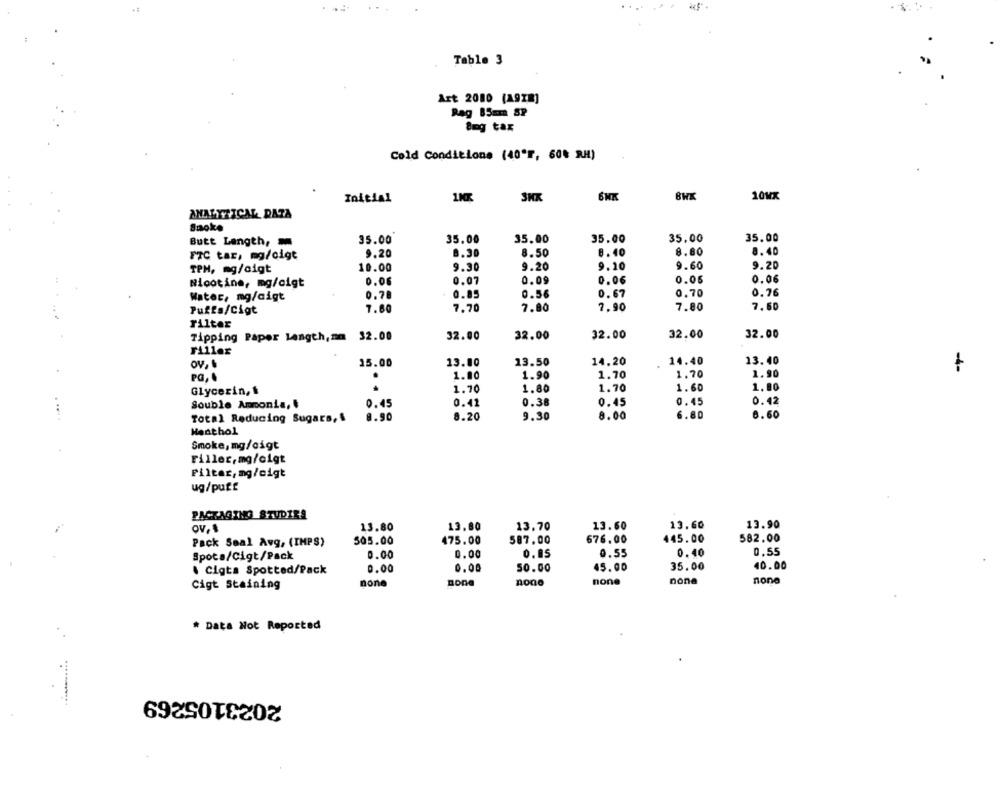
Table 3
Art 2080 (A9x8]
Rag 85mm SP
8mg tax
Cold Conditions (40ºF, 60% RH)
Initial
1KK
10MX
ANALYTICAL DATA
Smoke
35.00
35.00
35.00
Butt Length,
35.00
35.00
35.00
9.20
8.30
8.50
8.40
8.80
8.40
FTC tar, mg/cigt
TPH, mg/cigt
10.00
9.30
9.20
9.10
9.60
9.20
Nicotine, mg/cigt
0.06
0.07
0.09
0.06
0.05
0.06
0.05
0.56
0.67
0.70
0.76
Water, mg/cigt
0.78
7.60
7.70
7.80
7.90
7.80
7.60
Puffa/Cigt
Filter
Tipping Paper Length, mm 32.00
32.00
32.00
32.00
32.00
32.00
Filles
15.00
13.00
13.50
14.20
14.40
13.40
1.70
1.90
-4-
1.00
1.90
1.70
1.70
1.80
1.70
1.60
1.80
Glycerin,
0.45
0.41
0.38
0.45
0.45
0.42
Souble Ammonia,&
Total Reducing Sugars, &
8.90
8.20
9.30
8.00
6.80
6.60
Menthol
Smoke, mg/cigt
Filler, mg/eigt
Filter, mg/cigt
ug/puff
PACKAGING STUDIRA
Ov. 1
13.80
13.80
13.70
13.60
13.60
13.90
676.00
445.00
582.00
Pack Seal Avg, (IMPS)
505.00
475.00
587.00
0.00
0.00
0.05
0.55
0.40
0.55
Spota/Cigt/Pack
. Cigta Spotted/Pack
0.00
0.00
50.00
45.00
35.00
40.00
Cigt Staining
none
Bone
none
non
nona
none
# Data Not Reported
2023105269